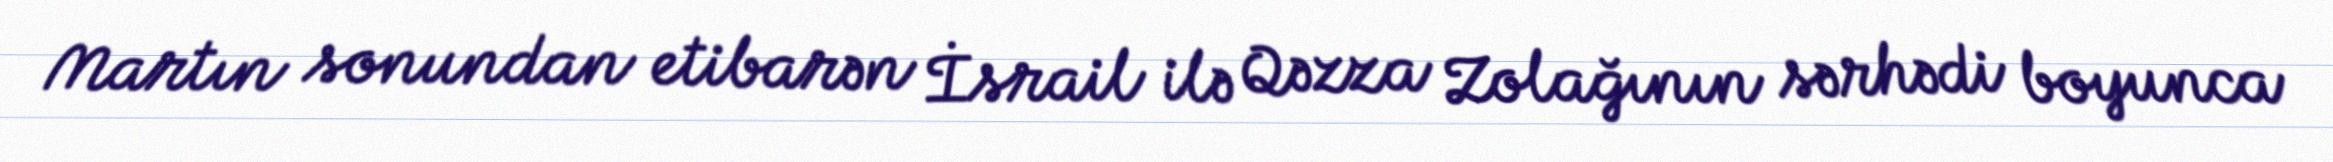
Martın sonundan etibarən İsrail ilə Qəzza Zolağının sərhədi boyunca